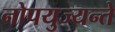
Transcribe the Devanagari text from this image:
नोपयुज्यन्ते